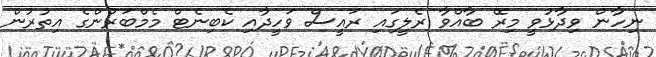
ނިހާން ވިދާޅުވީ މިރޭ ބާއްވާ ރެލީގައި ރައީސް ވަހީދާއި ކެބިނެޓް މެމްބަރުންގެ އިތުރުން